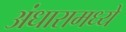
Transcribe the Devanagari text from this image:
अंधारामध्ये